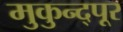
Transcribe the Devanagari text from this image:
मुकुन्द्पूर